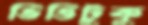
ভিত্তিটুকু